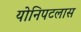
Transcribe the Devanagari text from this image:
योनिपटलास